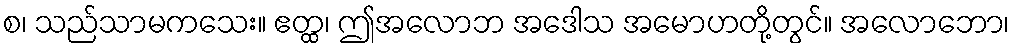
စ၊ သည်သာမကသေး။ ဧတ္ထ၊ ဤအလောဘ အဒေါသ အမောဟတို့တွင်။ အလောဘော၊